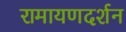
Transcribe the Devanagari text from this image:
रामायणदर्शन